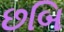
છબિ